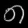
Digit: ၈